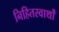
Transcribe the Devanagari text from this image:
निहितस्वार्थों